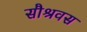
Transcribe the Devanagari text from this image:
सौश्रवस